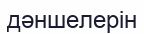
дәншелерін